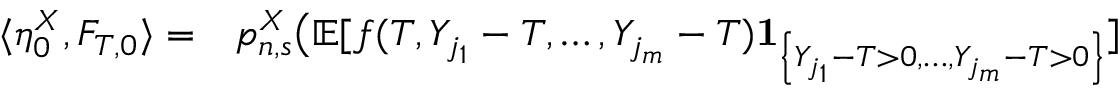
\begin{array} { r l } { \langle \eta _ { 0 } ^ { X } , F _ { T , 0 } \rangle = } & { { } p _ { n , s } ^ { X } \big ( \mathbb { E } [ f ( T , Y _ { j _ { 1 } } - T , \dots , Y _ { j _ { m } } - T ) \mathbf { 1 } _ { \left\{ Y _ { j _ { 1 } } - T > 0 , \dots , Y _ { j _ { m } } - T > 0 \right\} } ] } \end{array}